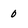
Character: 0